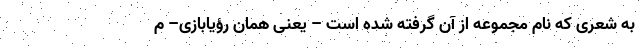
به شعری که نام مجموعه از آن گرفته شده است – یعنی همان رؤیابازی– م